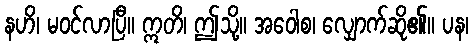
နဟိ၊ မဝင်လာပြီ။ ဣတိ၊ ဤသို့။ အဝေါစ၊ လျှောက်ဆို၏။ ပန၊